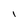
Character: I